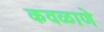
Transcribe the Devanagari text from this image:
कवळाणे